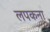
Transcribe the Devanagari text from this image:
लपकना